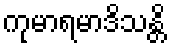
ကုမာရမာဒိသန္တိ